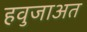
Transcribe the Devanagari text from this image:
हवुजाअत